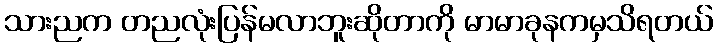
သားညက တညလုံးပြန်မလာဘူးဆိုတာကို မာမာခုနကမှသိရတယ်